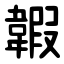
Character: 䪗